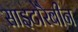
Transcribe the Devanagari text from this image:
साइटोरैबीन